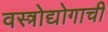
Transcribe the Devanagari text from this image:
वस्त्रोद्योगाची